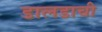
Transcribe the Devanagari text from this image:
डालडाची